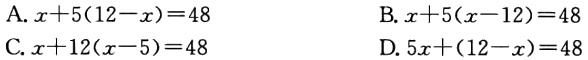
A. \(x + 5(12 - x)=48\)

B. \(x + 5(x - 12)=48\)

C. \(x + 12(x - 5)=48\)

D. \(5x+(12 - x)=48\)